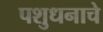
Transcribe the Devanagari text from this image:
पशुधनाचे